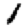
Digit: 1